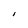
Character: l